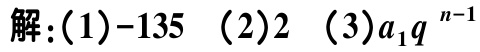
解：(1)$-135$  (2)$2$  (3)$a_{1}q^{n - 1}$